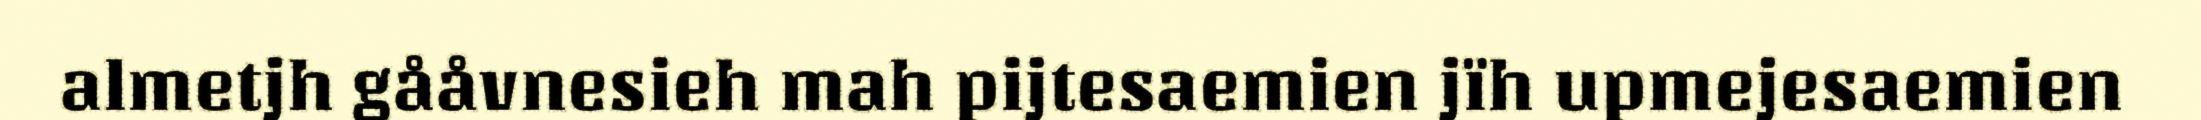
almetjh gååvnesieh mah pijtesaemien jïh upmejesaemien